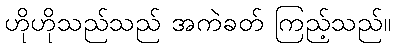
ဟိုဟိုသည်သည် အကဲခတ် ကြည့်သည်။